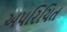
અપરિચિત